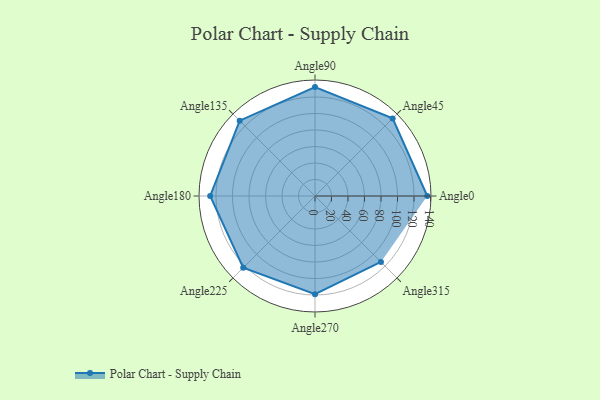
{"axis": {"x": "Angle", "y": "Radius"}, "legend": [""], "data": [{"x": "Angle0", "y": 136.0, "type": ""}, {"x": "Angle45", "y": 133.0, "type": ""}, {"x": "Angle90", "y": 132.0, "type": ""}, {"x": "Angle135", "y": 129.0, "type": ""}, {"x": "Angle180", "y": 127.0, "type": ""}, {"x": "Angle225", "y": 123.0, "type": ""}, {"x": "Angle270", "y": 119.0, "type": ""}, {"x": "Angle315", "y": 113.0, "type": ""}]}